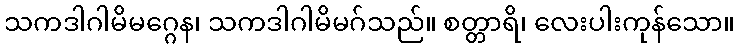
သကဒါဂါမိမဂ္ဂေန၊ သကဒါဂါမိမဂ်သည်။ စတ္တာရိ၊ လေးပါးကုန်သော။